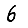
Digit: 6